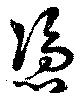
憑